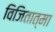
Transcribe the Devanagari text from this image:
विजितात्मा